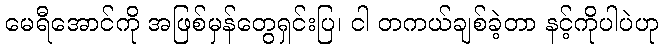
မေရီအောင်ကို အဖြစ်မှန်တွေရှင်းပြ၊ ငါ တကယ်ချစ်ခဲ့တာ နင့်ကိုပါပဲဟု